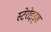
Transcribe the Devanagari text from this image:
स्टेरोइड्स